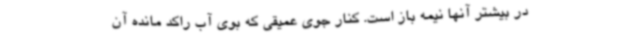
در بیشتر آنها نیمه باز است. کنار جوی عمیقی که بوی آب راکد مانده آن